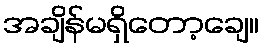
အချိန်မရှိတော့ချေ။